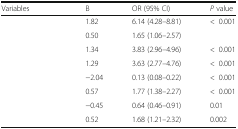
<table><thead><tr><td><b>Variables</b></td><td><b>B</b></td><td><b>OR (95% CI)</b></td><td><b><i>P</i> value</b></td></tr></thead><tbody><tr><td>[EMPTY_CELL]</td><td>1.82</td><td>6.14 (4.28–8.81)</td><td>&lt;0.001</td></tr><tr><td>[EMPTY_CELL]</td><td>0.50</td><td>1.65 (1.06–2.57)</td><td>[EMPTY_CELL]</td></tr><tr><td>[EMPTY_CELL]</td><td>1.34</td><td>3.83 (2.96–4.96)</td><td>&lt;0.001</td></tr><tr><td>[EMPTY_CELL]</td><td>1.29</td><td>3.63 (2.77–4.76)</td><td>&lt;0.001</td></tr><tr><td>[EMPTY_CELL]</td><td>−2.04</td><td>0.13 (0.08–0.22)</td><td>&lt;0.001</td></tr><tr><td>[EMPTY_CELL]</td><td>0.57</td><td>1.77 (1.38–2.27)</td><td>&lt;0.001</td></tr><tr><td>[EMPTY_CELL]</td><td>−0.45</td><td>0.64 (0.46–0.91)</td><td>0.01</td></tr><tr><td>[EMPTY_CELL]</td><td>0.52</td><td>1.68 (1.21–2.32)</td><td>0.002</td></tr></tbody></table>